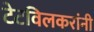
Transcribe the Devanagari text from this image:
टेटविलकरांनी